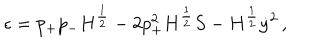
\epsilon = p _ { + } p _ { - } H ^ { \frac { 1 } { 2 } } - 2 p _ { + } ^ { 2 } H ^ { \frac { 1 } { 2 } } S - H ^ { \frac { 1 } { 2 } } \dot { y } ^ { 2 } \, ,